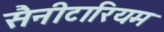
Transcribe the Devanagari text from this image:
सैनीटारियम